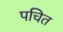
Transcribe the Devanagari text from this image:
पचित